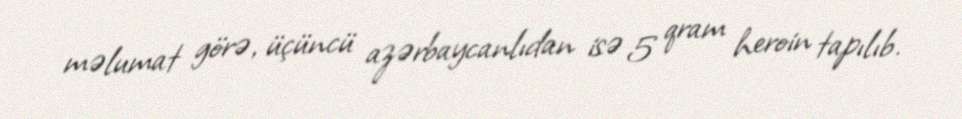
məlumat görə, üçüncü azərbaycanlıdan isə 5 qram heroin tapılıb.